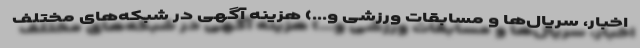
اخبار، سریال‌ها و مسابقات ورزشی و...) هزینه آگهی در شبکه‌های مختلف